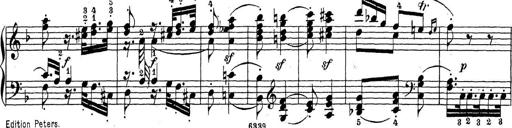
Title: Sonatina Album
Composer: Louis KÃ¶hler